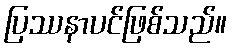
ပြဿနာပင်ဖြစ်သည်။